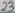
Text: 23